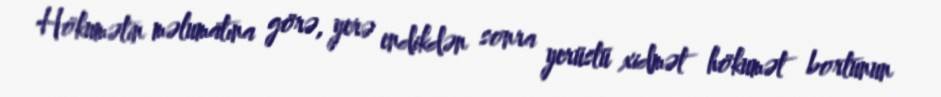
Hökumətin məlumatına görə, yerə endikdən sonra yerüstü xidmət hökumət bortunun